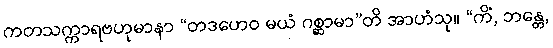
ကတသက္ကာရဗဟုမာနာ “တဒဟေဝ မယံ ဂစ္ဆာမာ”တိ အာဟံသု။ “ကိံ, ဘန္တေ,